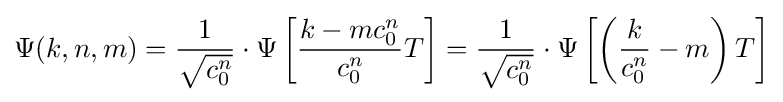
\Psi (k,n,m)={\frac {1}{\sqrt {c_{0}^{n}}}}\cdot \Psi \left[{\frac {k-mc_{0}^{n}}{c_{0}^{n}}}T\right]={\frac {1}{\sqrt {c_{0}^{n}}}}\cdot \Psi \left[\left({\frac {k}{c_{0}^{n}}}-m\right)T\right]